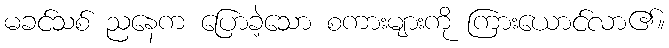
မခင်သစ် ညနေက ပြောခဲ့သော စကားများကို ကြားယောင်လာ၏။